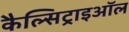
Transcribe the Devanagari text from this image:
कैल्सिट्राइऑल